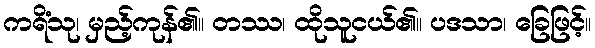
ကရိံသု၊ မှည့်ကုန်၏။ တဿ၊ ထိုသူငယ်၏။ ပဒသာ၊ ခြေဖြင့်။